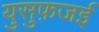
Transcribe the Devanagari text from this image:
युसुफ़जई